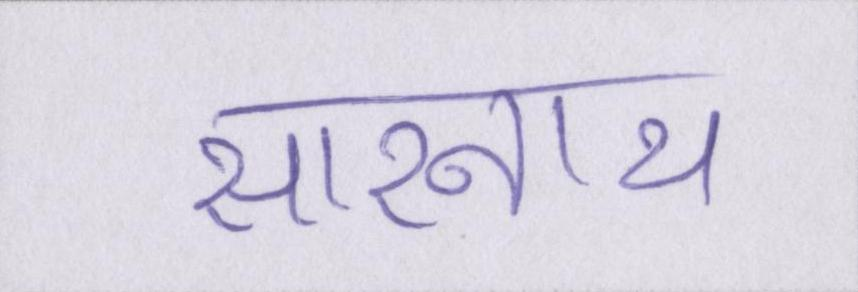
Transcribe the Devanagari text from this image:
सारनाथ